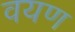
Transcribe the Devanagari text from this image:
वयण